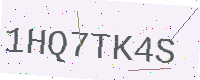
Text: 1HQ7TK4S